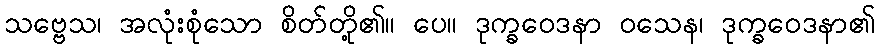
သဗ္ဗေသ၊ အလုံးစုံသော စိတ်တို့၏။ ပေ။ ဒုက္ခဝေဒနာ ဝသေန၊ ဒုက္ခဝေဒနာ၏